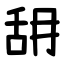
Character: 䑙